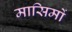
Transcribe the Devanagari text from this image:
मासिमों